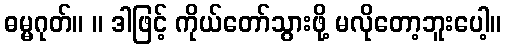
ဓမ္မဂုတ်။ ။ ဒါဖြင့် ကိုယ်တော်သွားဖို့ မလိုတော့ဘူးပေါ့။